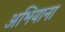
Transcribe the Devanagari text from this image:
अभियाना